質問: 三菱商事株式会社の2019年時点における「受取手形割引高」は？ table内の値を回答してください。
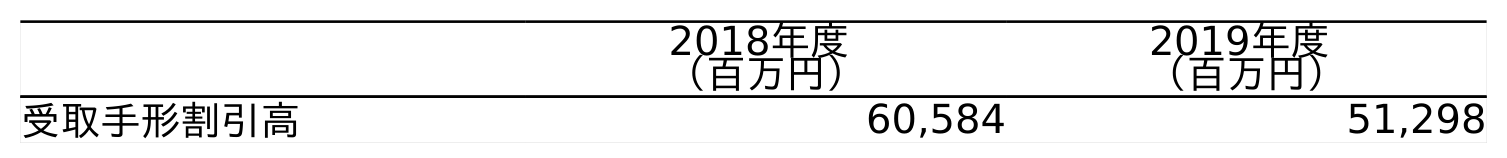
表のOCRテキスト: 2018年度 （百万円） 2019年度 （百万円） 受取手形割引高 60,584 51,298
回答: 60,584